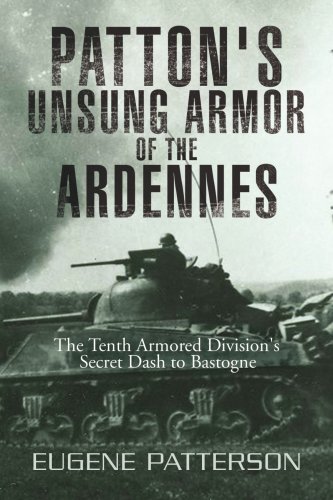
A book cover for Patton's Unsung Armor of the Ardennes: The Tenth Armored Division's Secret Dash to Bastogne; Eugene Patterson; History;